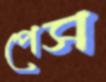
পেস